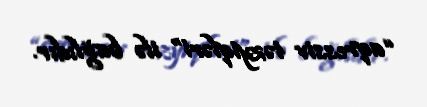
“aqressiv təzyiqləri” ilə bağlıdır.